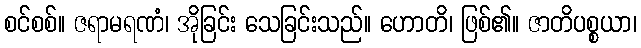
စင်စစ်။ ဇရာမရဏံ၊ အိုခြင်း သေခြင်းသည်။ ဟောတိ၊ ဖြစ်၏။ ဇာတိပစ္စယာ၊